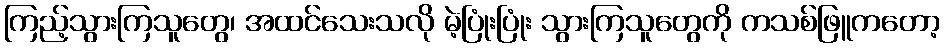
ကြည့်သွားကြသူတွေ၊ အထင်သေးသလို မဲ့ပြုံးပြုံး သွားကြသူတွေကို ကသစ်ဖြူကတော့